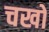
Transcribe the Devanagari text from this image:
चखों